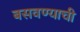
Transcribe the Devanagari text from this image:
बसवण्याची